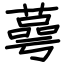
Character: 蕚